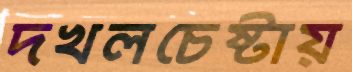
দখলচেষ্টায়